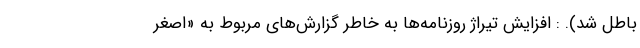
باطل شد). : افزایش تیراژ روزنامه‌ها به خاطر گزارش‌های مربوط به «اصغر